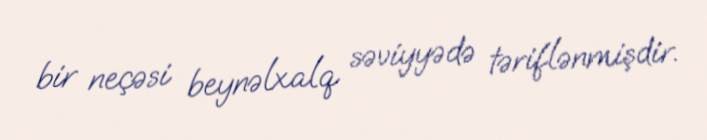
bir neçəsi beynəlxalq səviyyədə təriflənmişdir.